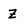
Character: Z